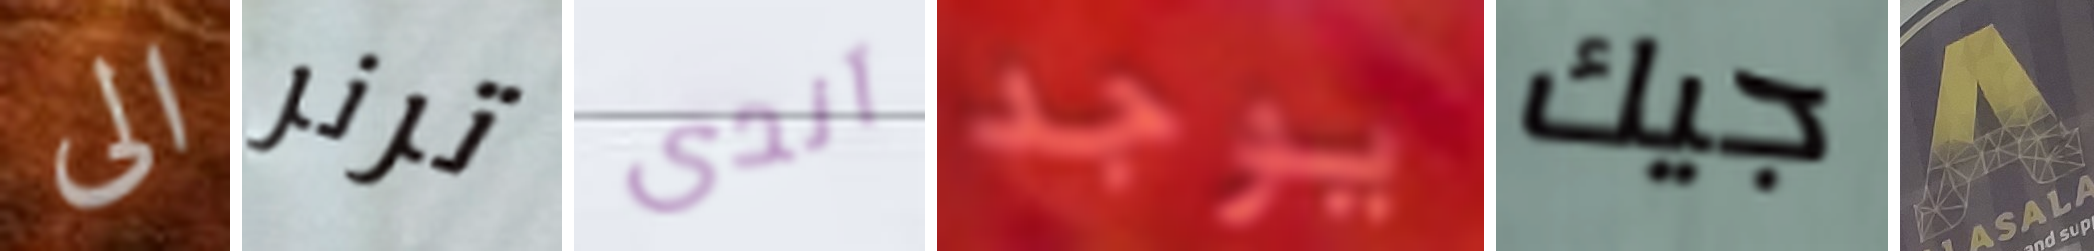
الى ترنر آندى يوجد جيك A